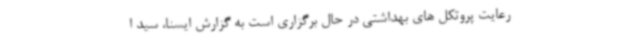
رعایت پروتکل های بهداشتی در حال برگزاری است به گزارش ایسنا، سید ا